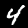
Digit: 4